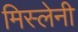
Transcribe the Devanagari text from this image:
मिस्लेनी